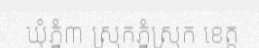
ឃុំភ្នំ៣ ស្រុកភ្នំស្រុក ខេត្ត